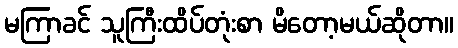
မကြာခင် သူကြီးထိပ်တုံးစာ မိတော့မယ်ဆိုတာ။